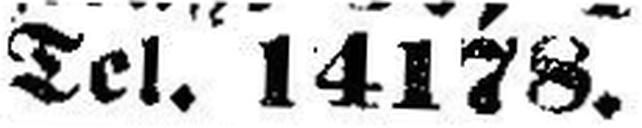
Tel. 14178.